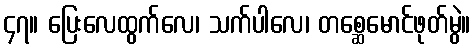
၄၇။ ပြေးလေထွက်လေ၊ သက်ပါလေ၊ တစ္ဆေမောင်ဖုတ်မွဲ။